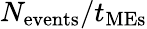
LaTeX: N_{\mathrm{events}}/t_{\mathrm{MEs}}